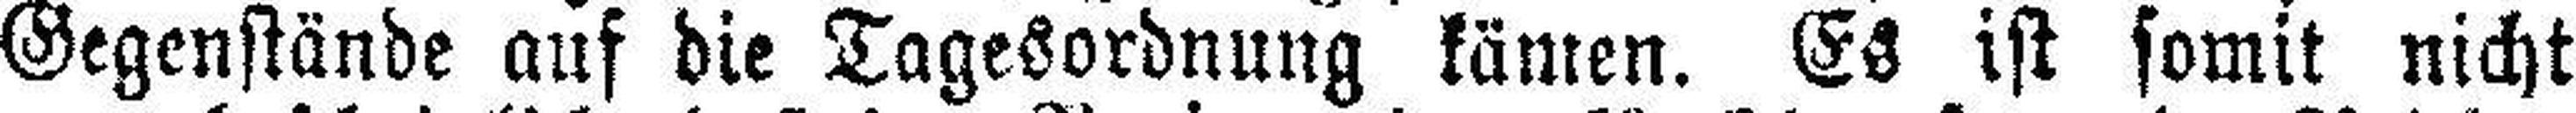
Gegenstände auf die Tagesordnung kämen. Es ist somit nicht